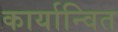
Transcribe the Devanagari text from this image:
कार्यान्‍वित